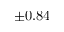
\pm 0 . 8 4